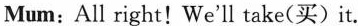
Mum:All right! We'll take(买)it.